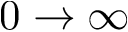
0 \rightarrow \infty